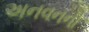
અનવનની